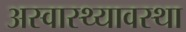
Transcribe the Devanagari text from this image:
अस्वास्थ्यावस्था